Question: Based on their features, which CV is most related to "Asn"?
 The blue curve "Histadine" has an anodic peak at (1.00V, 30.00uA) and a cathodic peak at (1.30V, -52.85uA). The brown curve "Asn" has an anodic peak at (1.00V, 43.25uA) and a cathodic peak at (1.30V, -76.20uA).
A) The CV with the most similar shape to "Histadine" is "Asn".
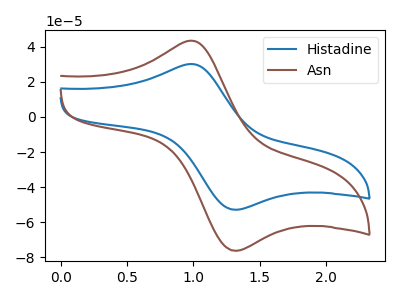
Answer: <think>All the peaks in "Histadine" have a peak in "Asn" at the same potential. Every peak in "Histadine" is lower than every peak in "Asn".
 </think>
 <answer>A) The CV with the most similar shape to "Histadine" is "Asn".</answer>
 <eval>A</eval>